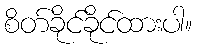
စိတ်ခိုင်ခိုင်ထားပါ။